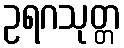
ဥရဂသုတ္တ